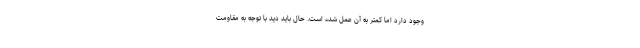
وجود دارد اما کمتر به آن عمل شده است. حال باید دید با توجه به مقاومت